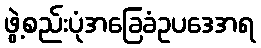
ဖွဲ့စည်းပုံအခြေခံဥပဒေအရ